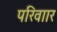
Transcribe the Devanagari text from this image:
परिवाार